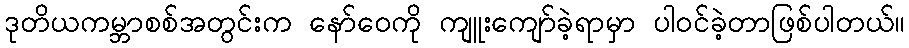
ဒုတိယကမ္ဘာစစ်အတွင်းက နော်ဝေကို ကျူးကျော်ခဲ့ရာမှာ ပါဝင်ခဲ့တာဖြစ်ပါတယ်။